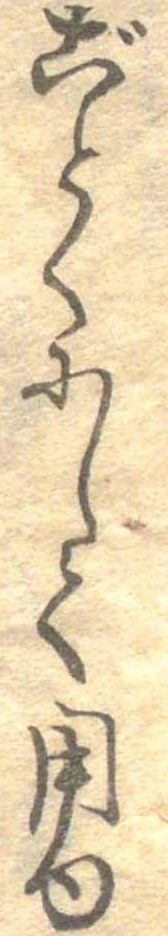
ごとくにして用ゆ